Report of the Municipal Commissioner on the plague in Bombay for the year ending 31st May... - Volume 1
Disease focus: Plague
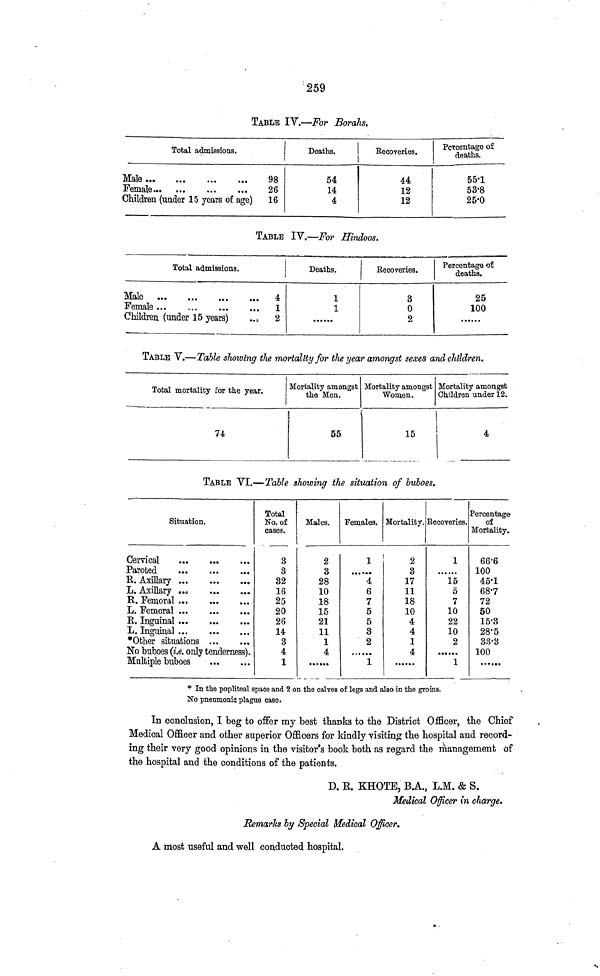
259
TABLE IV.—For Borahs.
Male ...
Female...
Total admissions.
Children (under 15 years of age)
98
26
16
Deaths.
54
14
4
Recoveries.
1
44
12
12
Percentage of
deaths.
55-1
53-8
25-0
TABLE IV.—For Hindoos.
Total admissions.
Male
Children (under 15 years)
-
4
1
2
Deaths.
1
1
Recoveries.
3
0
2
Percentage of
deaths.
25
100
TABLE V.—Table showing the mortality for the year amongst sexes and children.
Total mortality for the year.
I
74
Mortality amongst
the Men.
55
Mortality amongst
Women.
15
Mortality amongst
Children under 12.
4
TABLE VI.—Table showing the situation of buboes.
Situation.
Cervical
Paroted
E. Axillary
.
L. Axillary „
R. Femoral .
L. Femoral .
K. Inguinal .
L. Inguinal .
*Other situations ...
No buboes (i.e. only tenderness)
Multiple buboes
Total
No. of
cases.
3
3
32
16
25
20
26
14
3
4
1
Males.
2
3
28
10
18
15
21
11
1
4
Females.
1
• • • • *•
4
6
7
5
5
3
2
1
Mortality.
2
3
17
11
18
10
4
4
1
4
Recoveries.
1
15
5
7
10
22
10
2
......
1
Percentage
of
Mortality.
66-6
100
45-1
68-7
72
50
15'3
28'5
33-3
100
_
* In tha popliteal space and 2 on the calves of legs and also in the groins.
No pneumonic plague case.
In conclusion, I beg to offer my best thanks to the District Officer, the Chief
Medical Officer and other superior Officers for kindly visiting the hospital and record-
ing their very good opinions in the visitor's book both as regard the management of
the hospital and the conditions of the patients.
D. E. KHOTE, B.A., L.M. & S.
Medical Officer m charge.
Remarks by Special Medical Officer.
A most useful and well conducted hospital.